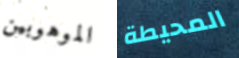
الموهوبين المحيطة